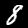
Label: 8